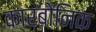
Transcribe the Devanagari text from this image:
कारबोनिक